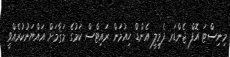
މިނިސްޓަ އޮފް ޖެންޑަރ ފެމިލީ އެންޑް ހިއުމަން ރައިޓްސް ކަމުގެ މަޤާމަށް އައްޔަނުކުރެއްވީ